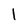
Character: l